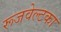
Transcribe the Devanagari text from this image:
रूजवेल्टका